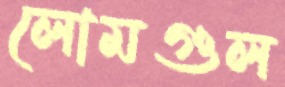
লোমগুল